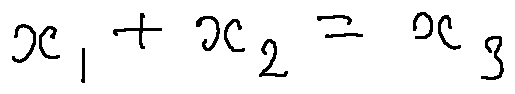
x _ { 1 } + x _ { 2 } = x _ { 3 }